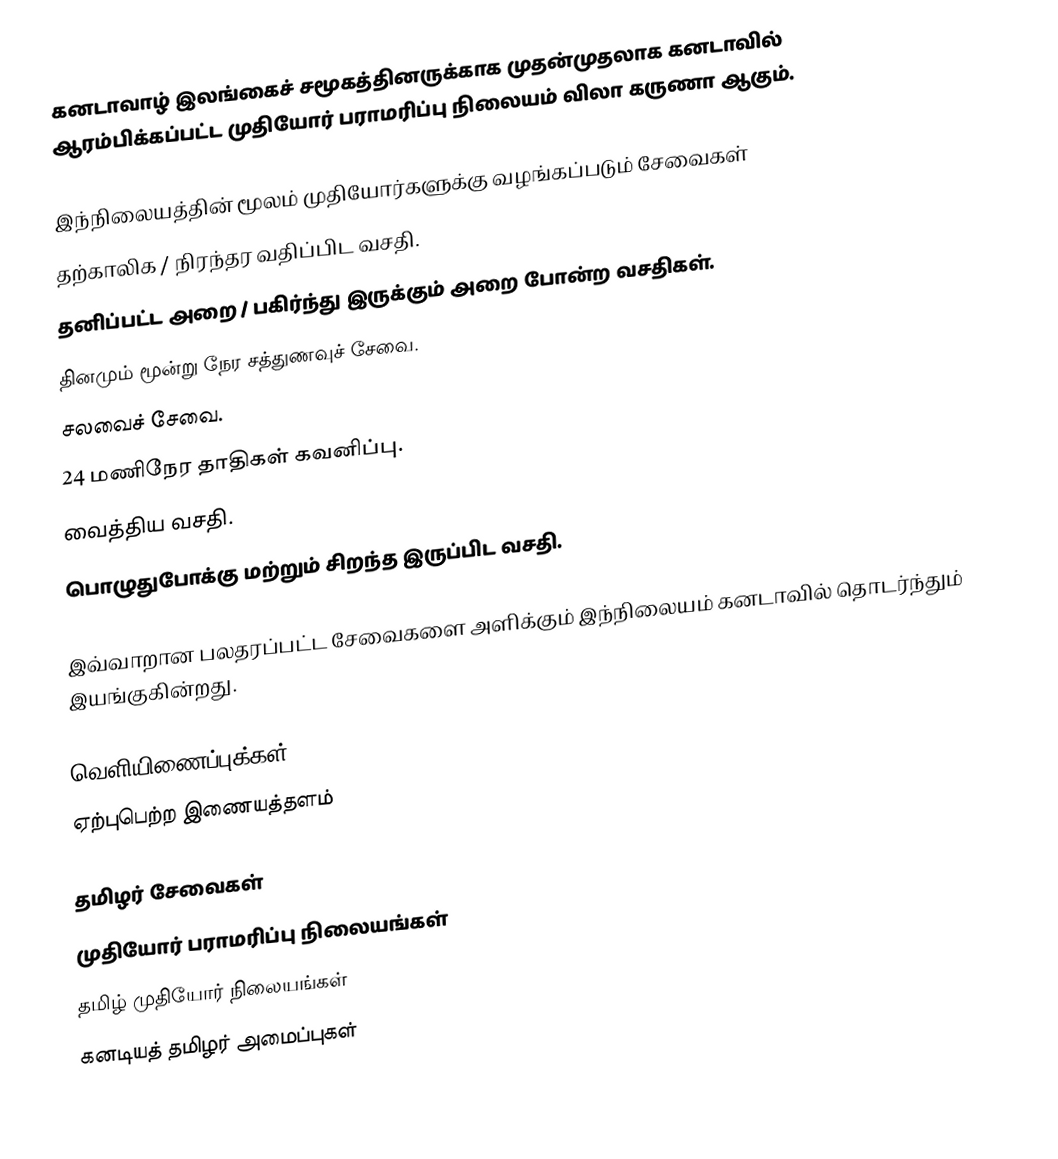
கனடாவாழ் இலங்கைச் சமூகத்தினருக்காக முதன்முதலாக கனடாவில் ஆரம்பிக்கப்பட்ட முதியோர் பராமரிப்பு நிலையம் விலா கருணா ஆகும்.

இந்நிலையத்தின் மூலம் முதியோர்களுக்கு வழங்கப்படும் சேவைகள்
 தற்காலிக / நிரந்தர வதிப்பிட வசதி.
 தனிப்பட்ட அறை / பகிர்ந்து இருக்கும் அறை போன்ற வசதிகள்.
 தினமும் மூன்று நேர சத்துணவுச் சேவை.
 சலவைச் சேவை.
 24 மணிநேர தாதிகள் கவனிப்பு.
 வைத்திய வசதி.
 பொழுதுபோக்கு மற்றும் சிறந்த இருப்பிட வசதி.

இவ்வாறான பலதரப்பட்ட சேவைகளை அளிக்கும் இந்நிலையம் கனடாவில் தொடர்ந்தும் இயங்குகின்றது.

வெளியிணைப்புக்கள்
 ஏற்புபெற்ற இணையத்தளம்

தமிழர் சேவைகள்
முதியோர் பராமரிப்பு நிலையங்கள்
தமிழ் முதியோர் நிலையங்கள்
கனடியத் தமிழர் அமைப்புகள்